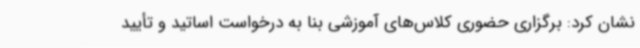
نشان کرد:‌ برگزاری حضوری کلاس‌های آموزشی بنا به درخواست اساتید و تأیید